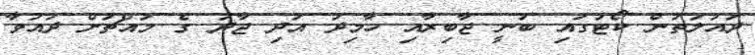
ދައުލަތުން ކޯޓުގައި ބުނީ ޖާބިރާއި ހާމިދު އަދި ޖާދު ގެ މައްޗަށް ދައުވާ